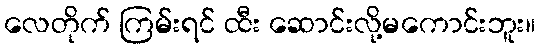
လေတိုက် ကြမ်းရင် ထီး ဆောင်းလို့မကောင်းဘူး။